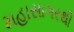
મહાસાગરથી